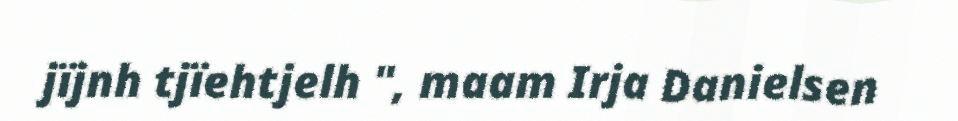
jïjnh tjïehtjelh ", maam Irja Danielsen